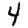
Digit: 4